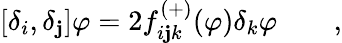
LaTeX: \lbrack\delta_{i},\delta_{\mathbf{j}}]\varphi=2f_{i\mathbf{j}k}^{\left(+\right)}(\varphi)\delta_{k}\varphi\qquad,